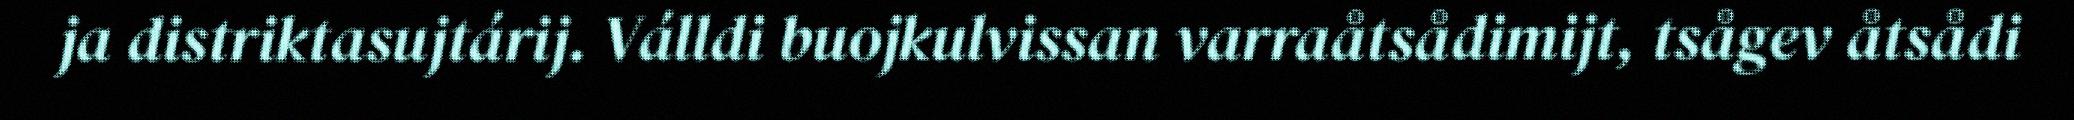
ja distriktasujtárij. Válldi buojkulvissan varraåtsådimijt, tsågev åtsådi